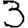
Digit: 3